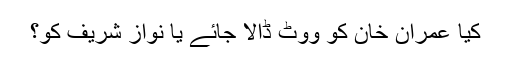
کیا عمران خان کو ووٹ ڈالا جائے یا نواز شریف کو؟